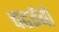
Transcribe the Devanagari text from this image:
चढईबो